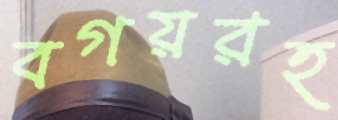
বগয়রহ